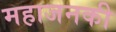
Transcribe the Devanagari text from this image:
महाजनकी